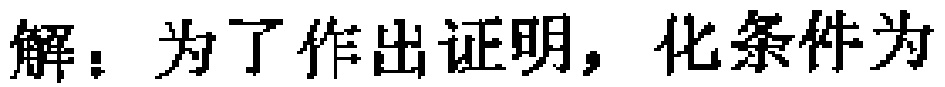
解：为了作出证明，化条件为